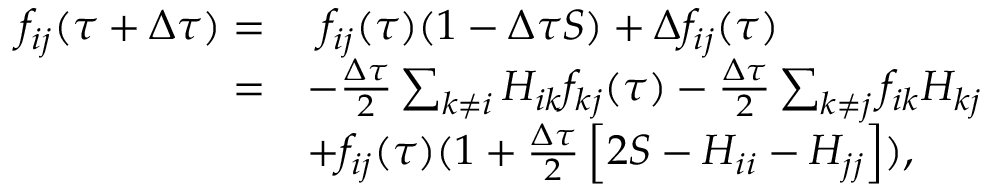
\begin{array} { r l } { f _ { i j } ( \tau + \Delta \tau ) = } & { \ f _ { i j } ( \tau ) ( 1 - \Delta \tau S ) + \Delta f _ { i j } ( \tau ) } \\ { = } & { - \frac { \Delta \tau } { 2 } \sum _ { k \ne i } H _ { i k } f _ { k j } ( \tau ) - \frac { \Delta \tau } { 2 } \sum _ { k \ne j } f _ { i k } H _ { k j } } \\ & { + f _ { i j } ( \tau ) ( 1 + \frac { \Delta \tau } { 2 } \left[ 2 S - H _ { i i } - H _ { j j } \right] ) , } \end{array}